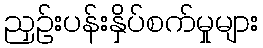
ညှဉ်းပန်းနှိပ်စက်မှုများ